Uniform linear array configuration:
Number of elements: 24
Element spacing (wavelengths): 0.75
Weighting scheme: blackman
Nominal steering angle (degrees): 15
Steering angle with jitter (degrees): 16.781
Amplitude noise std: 0.05
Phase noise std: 0.05

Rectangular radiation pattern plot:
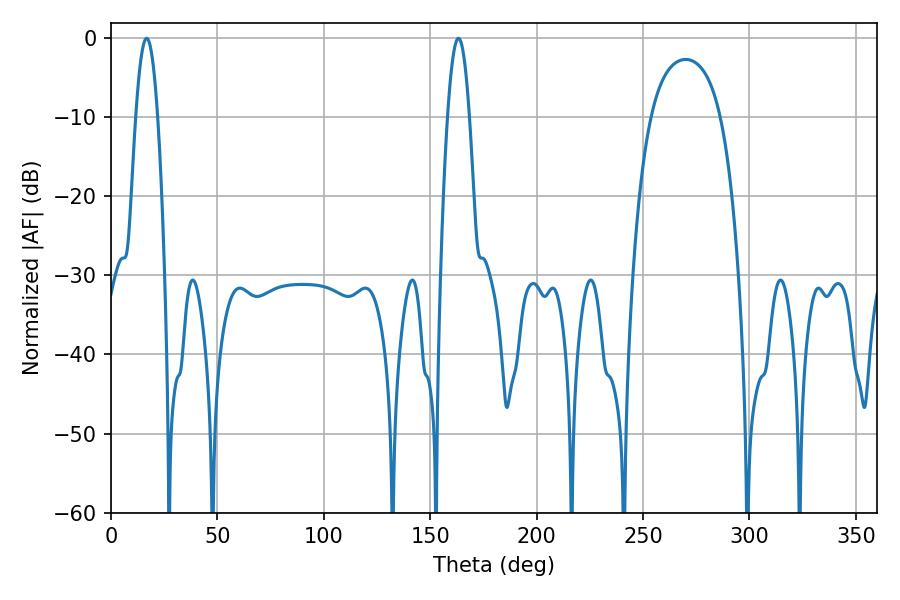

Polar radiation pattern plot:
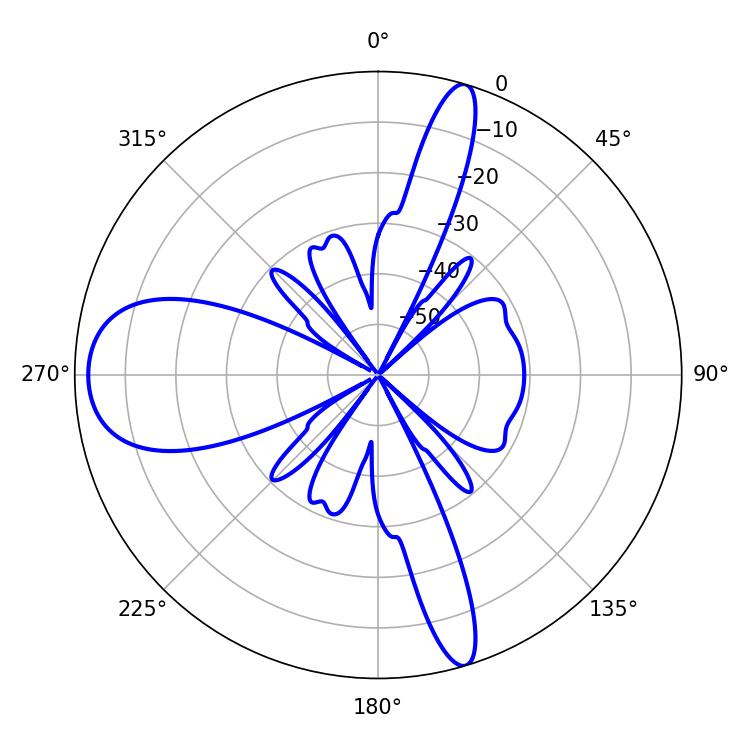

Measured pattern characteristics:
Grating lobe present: TRUE
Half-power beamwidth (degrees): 5.58
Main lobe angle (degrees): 163.26